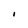
Character: i